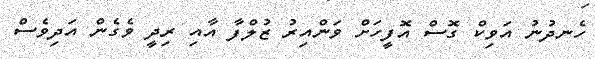
ހެނދުނު އަވިކް ގޮސް އޮފީހަށް ވަންއިރު ޒުލްފާ އާއި ރިދީ ވެގެން އަދިވެސް